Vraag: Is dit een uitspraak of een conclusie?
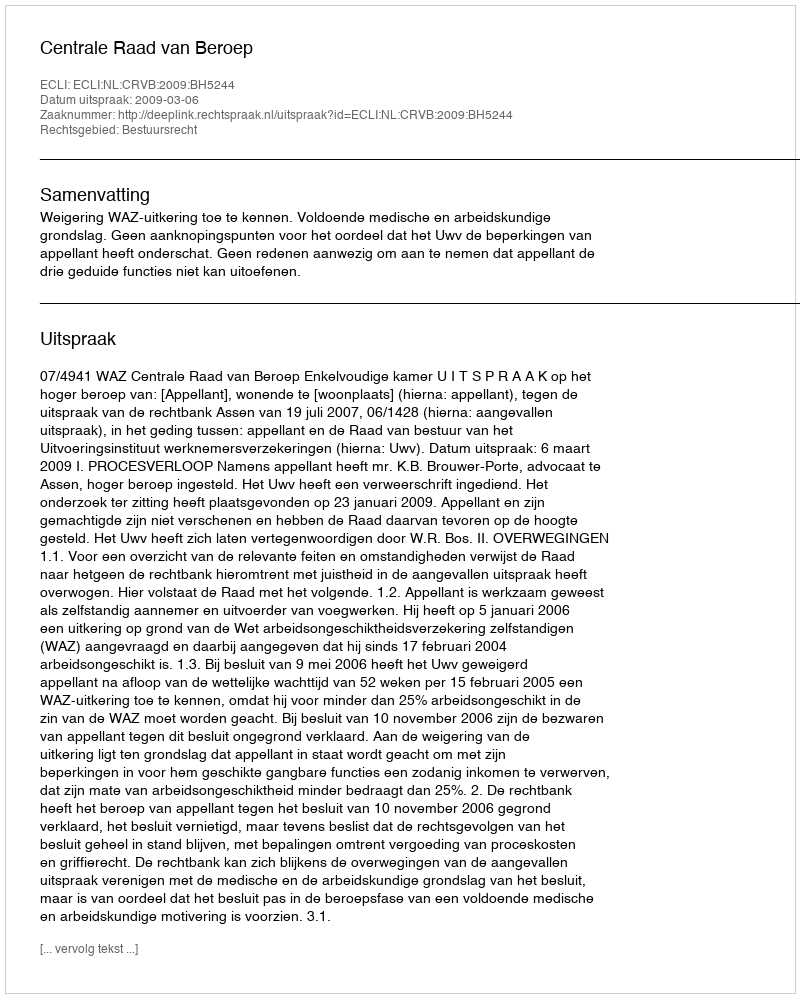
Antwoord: Uitspraak